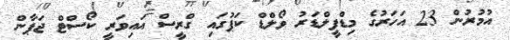
އުމުރުން 23 އަހަރުގެ މިޑްފީލްޑަރު ވޯލްޑް ކަޕުގައި ގްރީސް އައިވަރީ ކޯސްޓް ޖަޕާން